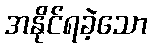
အနိုင်ရခဲ့သော